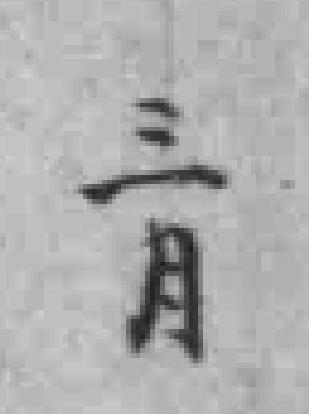
三月